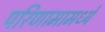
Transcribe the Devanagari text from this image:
परिणामामध्ये